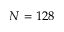
N = 1 2 8